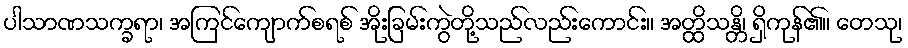
ပါသာဏသက္ခရာ၊ အကြင်ကျောက်စရစ် အိုးခြမ်းကွဲတို့သည်လည်းကောင်း။ အတ္ထိသန္တိ၊ ရှိကုန်၏။ တေသု၊